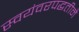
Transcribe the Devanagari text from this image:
स्वयंवरपद्धतीने